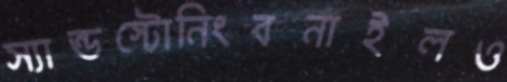
স্যান্ডস্টোনিংবনাইলও